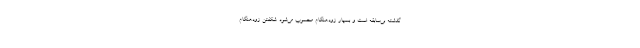
گذشته بی‌سابقه است و بسیار زودهنگام محسوب می‌شود. شکفتن زودهنگام